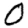
Digit: 0